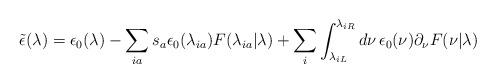
LaTeX: \begin{align*} \tilde{\epsilon}(\lambda) = \epsilon_0(\lambda) - \sum_{ia}s_a\epsilon_0(\lambda_{ia})F(\lambda_{ia}|\lambda) +\sum_i \int_{\lambda_{iL}}^{\lambda_{iR}}d\nu\, \epsilon_0(\nu) \partial_{\nu}F(\nu|\lambda)\end{align*}